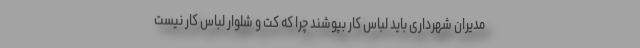
مدیران شهرداری باید لباس کار بپوشند چرا که کت و شلوار لباس کار نیست